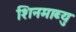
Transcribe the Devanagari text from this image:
शिनमाब्यु